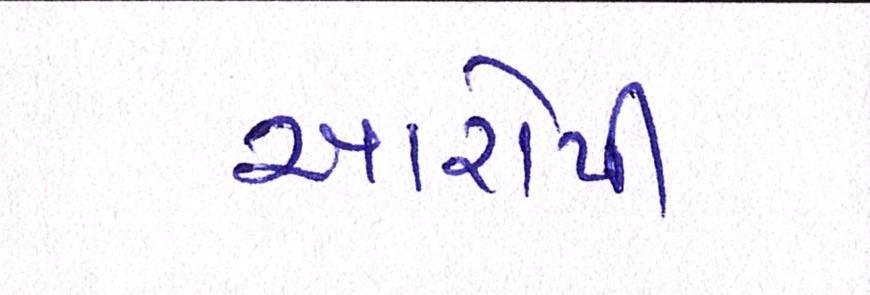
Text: આરોપી